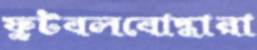
ফুটবলবোদ্ধারা